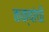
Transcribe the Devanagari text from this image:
कक्षांची